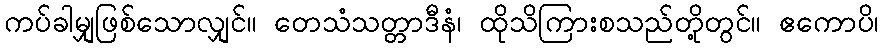
ကပ်ခါမျှဖြစ်သောလျှင်။ တေသံသတ္တာဒီနံ၊ ထိုသိကြားစသည်တို့တွင်။ ဧကောပိ၊